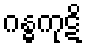
ဂန္ဓကုဋိ